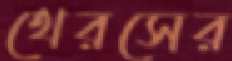
থেরসের